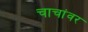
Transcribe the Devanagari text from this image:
चाचांवर